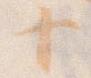
十